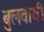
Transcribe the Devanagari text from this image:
बुलवायी